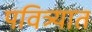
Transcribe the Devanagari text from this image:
पवित्र्यात